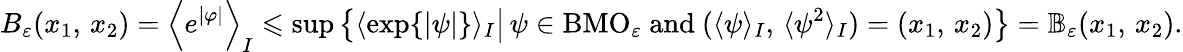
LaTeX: B_{\varepsilon}(x_{1},\, x_{2})=\left\langle e^{|\varphi|}\right\rangle_{I}\leqslant\operatorname*{sup}\left\{ \langle\exp\{ |\psi|\} \rangle_{I}\big|\, \psi\in\mathrm{BMO}_{\varepsilon}\mathrm{~and~}(\langle\psi\rangle_{I},\, \langle\psi^{2}\rangle_{I})=(x_{1},\, x_{2})\right\} =\mathbb{B}_{\varepsilon}(x_{1},\, x_{2}).